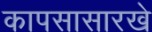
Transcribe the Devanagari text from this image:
कापसासारखे